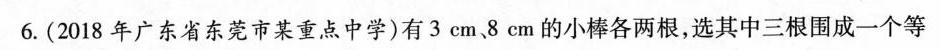
6.(2018年广东省东莞市某重点中学)有3cm、8cm的小棒各两根，选其中三根围成一个等